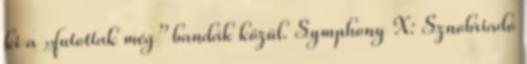
ki a „futottak még” bandák közül. Symphony X: Sznobriadó